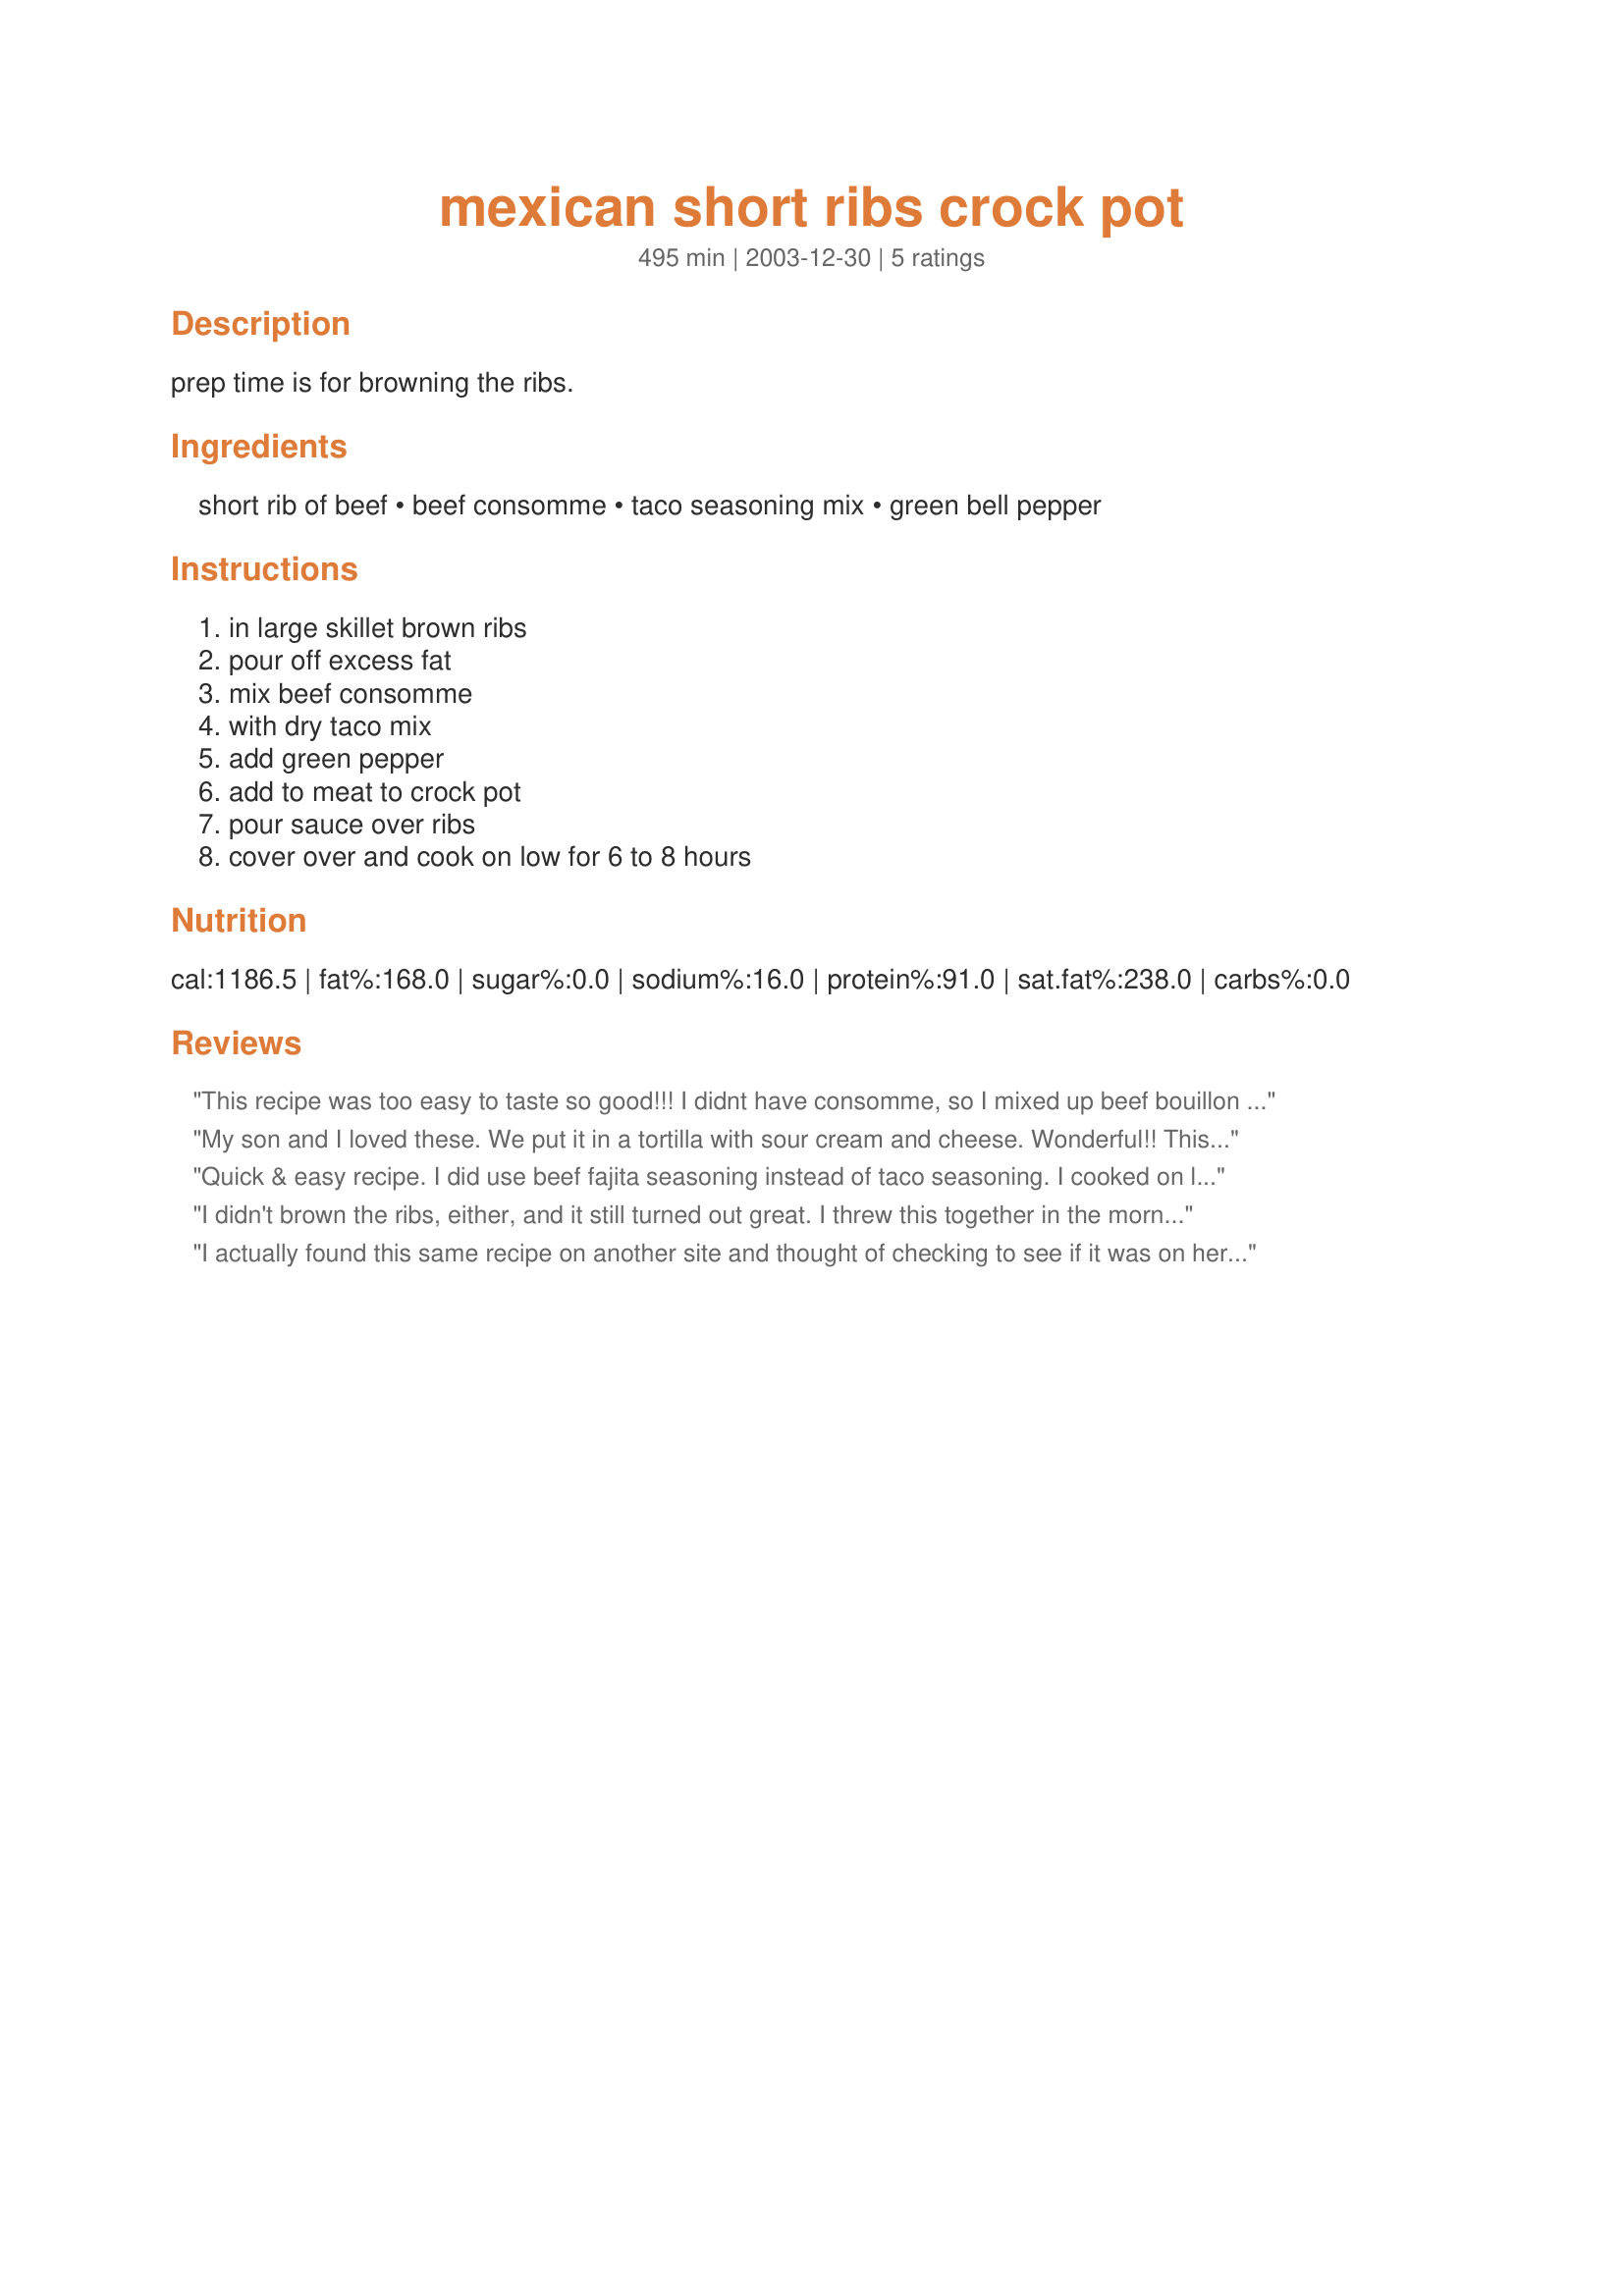
mexican short ribs crock pot
Preparation time: 495 minutes

prep time is for browning the ribs.

Ingredients:
short rib of beef, beef consomme, taco seasoning mix, green bell pepper

Steps:
in large skillet brown ribs, pour off excess fat, mix beef consomme, with dry taco mix, add green pepper, add to meat to crock pot, pour sauce over ribs, cover over and cook on low for 6 to 8 hours

Reviews:
This recipe was too easy to taste so good!!! I didnt have consomme, so I mixed up beef bouillon and water, and mixed in the taco seasoning. I also didnt brown the ribs first, and they came out so tender and wonderful!! No leftovers with this one, my family ate it up!!! If I could give more than 5 stars I would!!
My son and I loved these. We put it in a tortilla with sour cream and cheese. Wonderful!! This recipe has a really good flavor. I like the others did not brown the ribs first, but they still tasted great! I also used a red bell pepper instead of green since that was all I had on hand. I will freeze the leftovers with some of the juice for a quick meal later! Thanks!
Quick & easy recipe. I did use beef fajita seasoning instead of taco seasoning. I cooked on low 6 hours (didn't have time to brown meat first, worked fine). Served rice on the side.
I didn't brown the ribs, either, and it still turned out great. I threw this together in the morning before I went to work on a chilly, rainy day, and walked in the door later to a great aroma and a tasty meal, as though I had slaved in the kitchen for about 5 minutes worth of effort. I added some sliced onion, as well as a mixture of green and red bell peppers, since I had both on hand. I served this beside/over broad egg noodles with sour cream on the side, a la Mexican stroganoff. I did have to add a bit of water after I got home (after about 8 hours), since the meat had absorbed quite a bit, and I wanted it a bit wetter for my noodles. Thanks for posting!
I actually found this same recipe on another site and thought of checking to see if it was on here before I added it. (oukosher.org) Well, I used pork ribs instead of beef and added a pinch of (curry, red pepper, cumin, corriander, onion powder and chili powder) and 1 teaspoon garlic.

I loved it. The way I did it made it a bit spicier but it was really good. A classic Mexican flavor.
